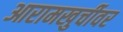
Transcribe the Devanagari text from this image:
आरामखुर्चीवर